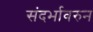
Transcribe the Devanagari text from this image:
संदर्भावरुन